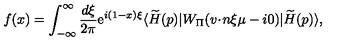
f ( x ) = \int _ { - \infty } ^ { \infty } \frac { d \xi } { 2 \pi } \mathrm { e } ^ { i ( 1 - x ) \xi } \langle \widetilde { H } ( p ) | W _ { \scriptstyle \Pi } ( { v \! \cdot \! n } \xi \mu - i 0 ) | \widetilde { H } ( p ) \rangle ,